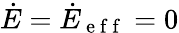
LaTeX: \dot{E}=\dot{E}_{\mathrm{~e~f~f~}}=0